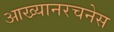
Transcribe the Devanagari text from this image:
आख्यानरचनेस